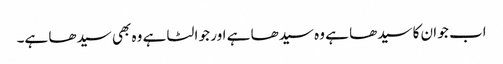
اب جو ان کا سیدھا ہے وہ سیدھا ہے اور جو الٹا ہے وہ بھی سیدھا ہے۔